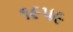
૧૯૫૯